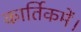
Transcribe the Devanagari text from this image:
कार्तिकमें।